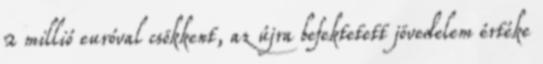
2 millió euróval csökkent, az újra befektetett jövedelem értéke